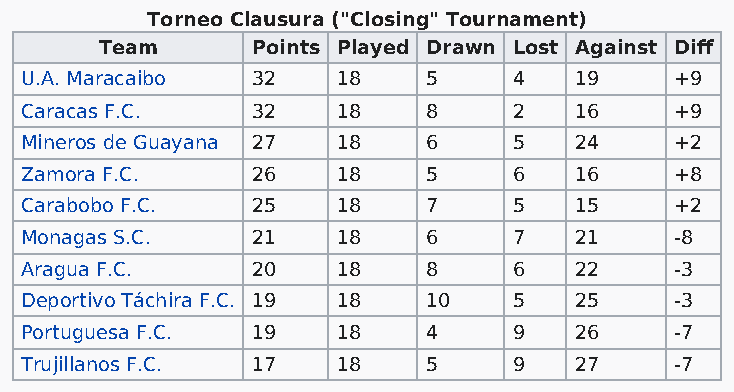
Torneo Clausura ("Closing" Tournament)
 Team      Points Played Drawn Lost Against Diff
 U.A. Maracaibo  32   18    5     4   19     +9
 Caracas F.C.    32   18    8     2   16     +9
 Mineros de Guayana 27 18   6     5   24     +2
 Zamora F.C.     26   18    5     6   16     +8
 Carabobo F.C.   25   18    7     5   15     +2
 Monagas S.C.    21   18    6     7   21     -8
 Aragua F.C.     20   18    8     6   22     -3
 Deportivo Táchira F.C. 19 18 10  5   25     -3
 Portuguesa F.C. 19   18    4     9   26     -7
 Trujillanos F.C. 17  18    5     9   27     -7